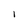
Character: 1